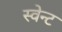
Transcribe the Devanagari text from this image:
स्वेन्ट